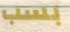
بسب